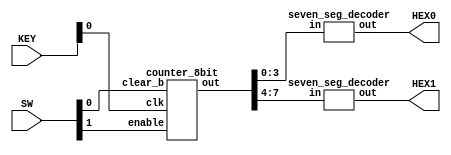
module count(
    input [3:0] KEY,
    input [8:0] SW,
    output [6:0] HEX0,
    output [6:0] HEX1);
    wire [7:0] counter_out;
    counter_8bit c81(
        .enable(SW[1]),
        .clk(KEY[0]),
        .clear_b(SW[0]),
        .out(counter_out)
    );
    seven_seg_decoder s1(
        .in(counter_out[3:0]),
        .out(HEX0)
    );
    seven_seg_decoder s2(
        .in(counter_out[7:4]),
        .out(HEX1)
    );
endmodule

module counter_8bit(
    input enable,
    input clk,
    input clear_b,
    output [7:0] out);
    wire [3:0] c4_out1, c4_out2;
    counter_4bit c41(
        .enable(enable),
        .clk(clk),
        .clear_b(clear_b),
        .out(c4_out1)
    );
    counter_4bit c42(
        .enable(enable & c4_out1[3]),
        .clk(clk),
        .clear_b(clear_b),
        .out(c4_out2)
    );
    assign out = {c4_out2, c4_out1};
endmodule

module counter_4bit(
    input enable,
    input clk,
    input clear_b,
    output [3:0] out);
    wire t1_out, t2_out, t3_out, t4_out;
    My_tff t1(
        .clk(clk),
        .reset_n(clear_b),
        .t_signal(enable),
        .out(t1_out)
    );
    My_tff t2(
        .clk(clk),
        .reset_n(clear_b),
        .t_signal(enable & t1_out),
        .out(t2_out)
    );
    My_tff t3(
        .clk(clk),
        .reset_n(clear_b),
        .t_signal(enable & t2_out),
        .out(t3_out)
    );
    My_tff t4(
        .clk(clk),
        .reset_n(clear_b),
        .t_signal(enable & t3_out),
        .out(t4_out)
    );
    assign out = {t4_out, t3_out, t2_out, t1_out};
endmodule


module My_tff(
    input clk,
    input reset_n,
    input t_signal,
    output reg out);
    always @(posedge clk, negedge reset_n)
    begin
        if (~reset_n)
            out <= 1'b0;
        else if (t_signal)
            out <= ~out;
    end
endmodule

module seven_seg_decoder(
	output [6:0] out,
	input [3:0] in);

	assign out[0] = (~in[3] & ~in[2] & ~in[1] & in[0]) | (~in[3] & in[2] & ~in[1] & ~in[0]) | (in[3] & in[2] & ~in[1] & in[0]) | (in[3] & ~in[2] & in[1] & in[0]);
	assign out[1] = (in[2] & in[1] & ~in[0]) | (in[3] & in[1] & in[0]) | (~in[3] & in[2] & ~in[1] & in[0]) | (in[3] & in[2] & ~in[1] & ~in[0]);
	assign out[2] = (~in[3] & ~in[2] & in[1] & ~in[0]) | (in[3] & in[2] & in[1]) | (in[3] & in[2] & ~in[0]);
	assign out[3] = (~in[3] & ~in[2] & ~in[1] & in[0]) | (~in[3] & in[2] & ~in[1] & ~in[0]) | (in[3] & ~in[2] & in[1] & ~in[0]) | (in[2] & in[1] & in[0]);
	assign out[4] = (~in[3] & in[0]) | (~in[3] & in[2] & ~in[1]) | (~in[2] & ~in[1] & in[0]);
	assign out[5] = (~in[3] & ~in[2] & in[0]) | (~in[3] & ~ in[2] & in[1]) | (~in[3] & in[1] & in[0]) | (in[3] & in[2] & ~in[1] & in[0]);
	assign out[6] = (~in[3] & ~in[2] & ~in[1]) | (in[3] & in[2] & ~in[1] & ~in[0]) | (~in[3] & in[2] & in[1] & in[0]);
endmodule